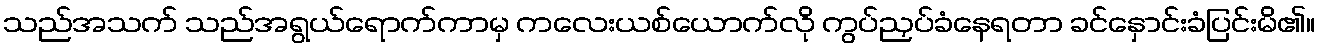
သည်အသက် သည်အရွယ်ရောက်ကာမှ ကလေးယစ်ယောက်လို ကွပ်ညှပ်ခံနေရတာ ခင်နှောင်းခံပြင်းမိ၏။